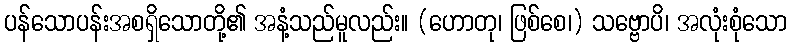
ပန်သောပန်းအစရှိသောတို့၏ အနံ့သည်မူလည်း။ (ဟောတု၊ ဖြစ်စေ၊) သဗ္ဗောပိ၊ အလုံးစုံသော